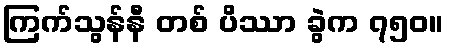
ကြက်သွန်နီ တစ် ပိဿာ ခွဲက ၇၅၀။